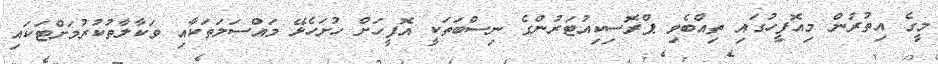
މީގެ އިތުރުން މިއޮފީހުގައި ތިއްބެވި ޕްރޮސިކިއުޓަރުންގެ ނިސްބަތަކީ އޮފީހަށް ހުށަހެޅޭ މައްސަލަތަކާއި ވަކާލާތުކުރުމަށްޓަކައި